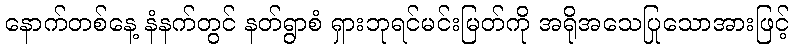
နောက်တစ်နေ့ နံနက်တွင် နတ်ရွာစံ ရှားဘုရင်မင်းမြတ်ကို အရိုအသေပြုသောအားဖြင့်